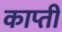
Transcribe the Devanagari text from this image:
काप्ती